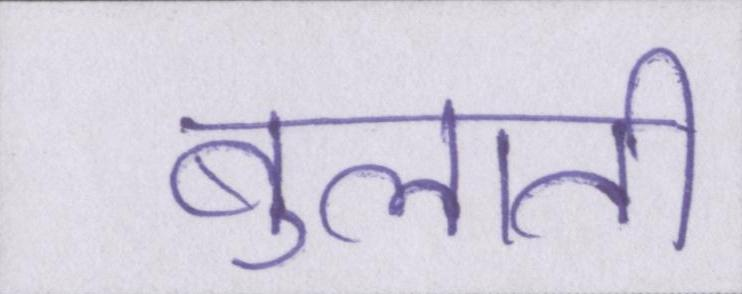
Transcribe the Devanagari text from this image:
बुलाती